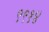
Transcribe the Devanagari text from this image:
९९१४